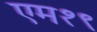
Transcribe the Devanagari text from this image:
एम१९